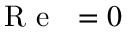
\mathrm { ~ { ~ R ~ e ~ } ~ } = 0